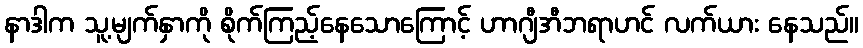
နာဒါက သူ့မျက်နှာကို စိုက်ကြည့်နေသောကြောင့် ဟာဂျီအီဘရာဟင် လက်ယား နေသည်။